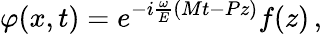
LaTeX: \varphi(x,t)=e^{-i\frac\omega E(Mt-Pz)}f(z)\, ,